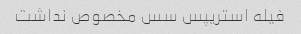
فیله استریپس سس مخصوص نداشت